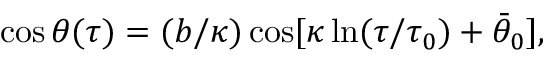
\cos \theta ( \tau ) = ( b / \kappa ) \cos [ \kappa \ln ( \tau / \tau _ { 0 } ) + \bar { \theta } _ { 0 } ] ,